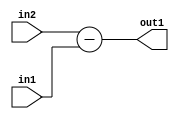
`timescale 1ps / 1ps
/*****************************************************************************
    Verilog RTL Description
    
    
    Created by: Stratus DpOpt 21.05.01 
*******************************************************************************/

module SobelFilter_Sub_5Ux1U_6S_4 (
	in2,
	in1,
	out1
	); /* architecture "behavioural" */ 
input [4:0] in2;
input  in1;
output [5:0] out1;
wire [5:0] asc001;

assign asc001 = 
	+(in2)
	-(in1);

assign out1 = asc001;
endmodule

/* CADENCE  urj3TQs= : u9/ySxbfrwZIxEzHVQQV8Q== ** DO NOT EDIT THIS LINE ******/